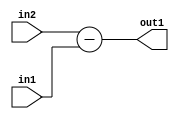
`timescale 1ps / 1ps
/*****************************************************************************
    Verilog RTL Description
    
    
    Created by: Stratus DpOpt 21.05.01 
*******************************************************************************/

module SobelFilter_Sub_5Ux1U_6S_4 (
	in2,
	in1,
	out1
	); /* architecture "behavioural" */ 
input [4:0] in2;
input  in1;
output [5:0] out1;
wire [5:0] asc001;

assign asc001 = 
	+(in2)
	-(in1);

assign out1 = asc001;
endmodule

/* CADENCE  urj3TQs= : u9/ySxbfrwZIxEzHVQQV8Q== ** DO NOT EDIT THIS LINE ******/